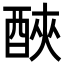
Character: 𨠿